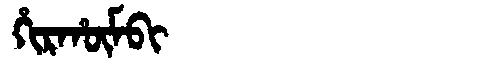
Manchu: ᡥᡳᡵᡥᡡᠮᠪᡳ
Romanization: HIRHŪMBI